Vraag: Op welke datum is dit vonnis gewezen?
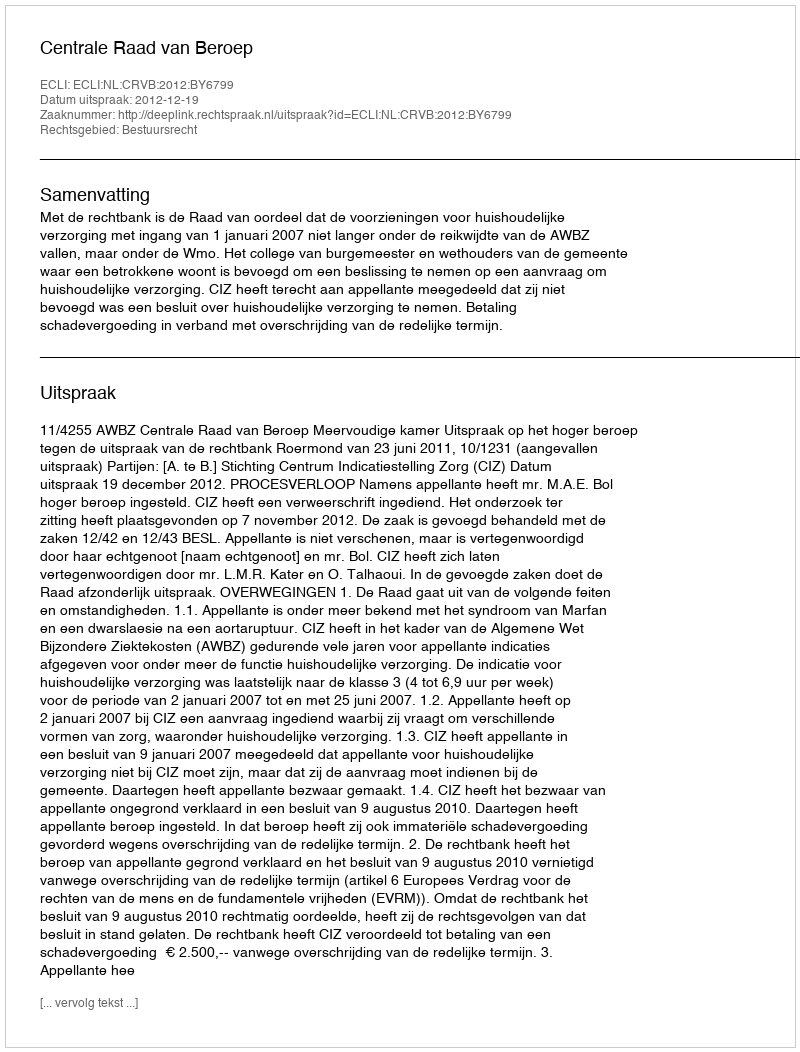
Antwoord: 2012-12-19